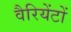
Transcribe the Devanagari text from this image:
वैरियेंटों